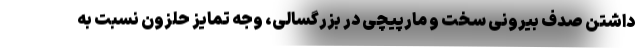
داشتن صدف بیرونی سخت و مارپیچی در بزرگسالی، وجه تمایز حلزون نسبت به